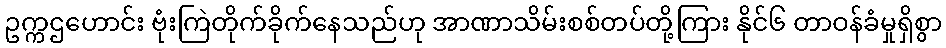
ဥက္ကဌဟောင်း ဗုံးကြဲတိုက်ခိုက်နေသည်ဟု အာဏာသိမ်းစစ်တပ်တို့ကြား နိုင်၆ တာဝန်ခံမှုရှိစွာ